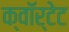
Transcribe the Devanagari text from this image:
क्वॉर्टेट